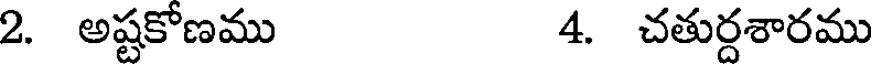
2. అష్టకోణము 4. చతుర్దశారము